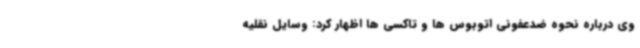
وی درباره نحوه ضدعفونی اتوبوس ها و تاکسی ها اظهار کرد: وسایل نقلیه